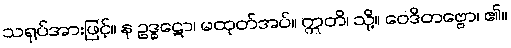
သရုပ်အားဖြင့်။ န ဥဒ္ဓဋော၊ မထုတ်အပ်။ ဣတိ၊ သို့။ ဝေဒိတဗ္ဗော၊ ၏။